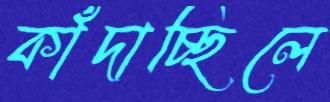
কাঁদাচ্ছিলে